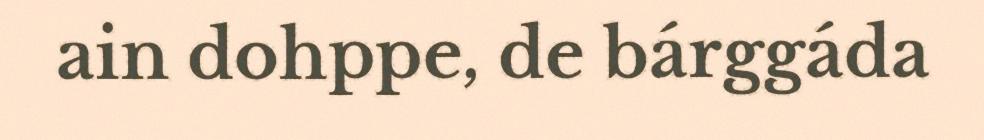
ain dohppe, de bárggáda